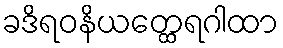
ခဒိရဝနိယတ္ထေရဂါထာ